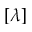
[ \lambda ]